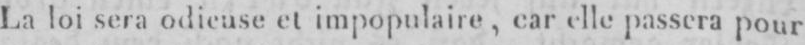
La loisera pour et impopulaire, car elle passera pour